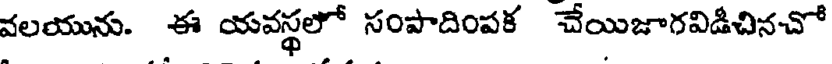
వలయును. ఈ యవస్థలో సంపాదింపక చేయిజాగవిడిచినచో